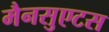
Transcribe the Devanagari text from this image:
मैनसुएटस